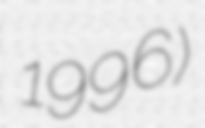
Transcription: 1996)